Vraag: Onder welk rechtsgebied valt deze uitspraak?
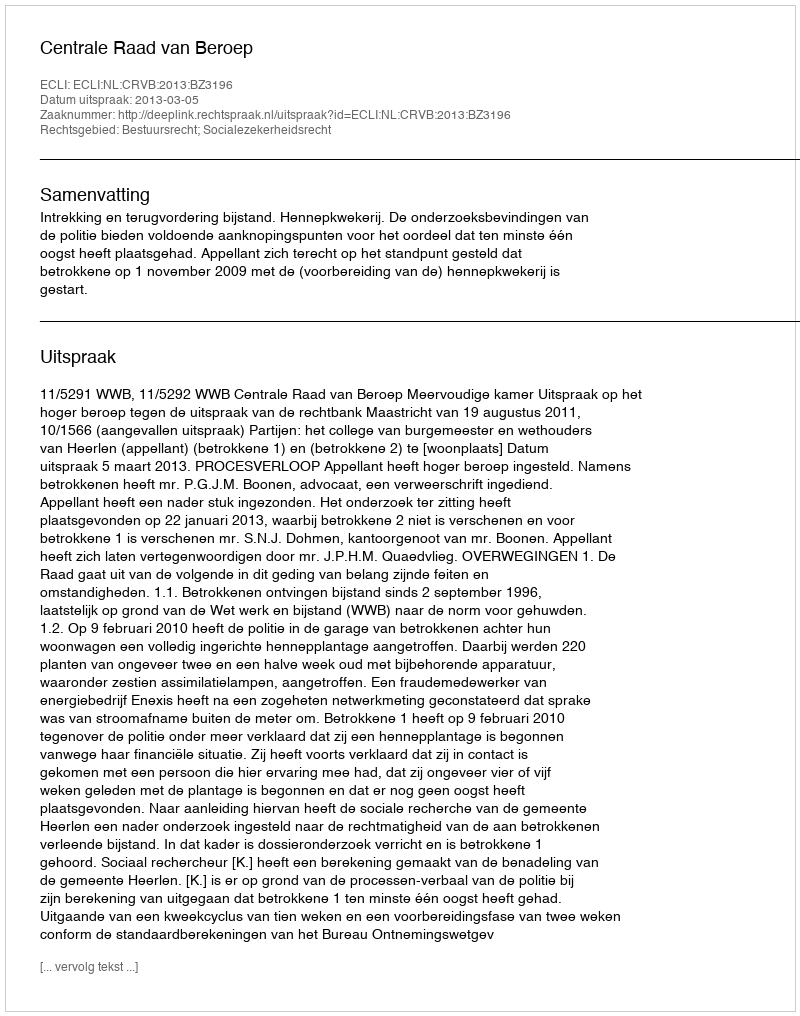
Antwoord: Bestuursrecht; Socialezekerheidsrecht